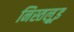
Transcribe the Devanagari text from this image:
निस्तल्रूइ